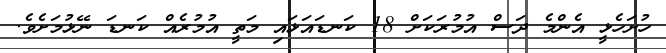
ހުށަހެޅީ އެންމެ ދަސް އުމުރަކަށް 18 ކަނޑައަޅައި މަތީ އުމުރެއް ކަނޑަ ނޭޅުމަށެވެ.